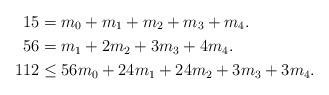
LaTeX: \begin{align*}15&=m_0+m_1+m_2+m_3+m_4.\\56&=m_1+2m_2+3m_3+4m_4.\\112&\le 56m_0+24m_1+24m_2+3m_3+3m_4.\end{align*}